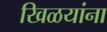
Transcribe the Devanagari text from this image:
खिळयांना